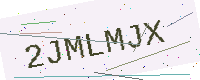
Text: 2JMLMJX